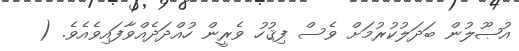
އުޞޫލުން ބަދަލުކުރުމަށް ވެސް ފިޤުހު ވެރީން ހުއްދަދެއްވާފައިވެއެވެ. (